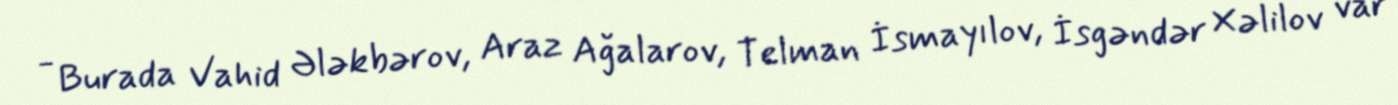
- Burada Vahid Ələkbərov, Araz Ağalarov, Telman İsmayılov, İsgəndər Xəlilov var